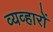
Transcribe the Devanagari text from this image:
व्यव्हारों